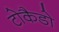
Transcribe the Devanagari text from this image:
टोकैडो